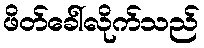
ဖိတ်ခေါ်လိုက်သည်